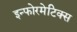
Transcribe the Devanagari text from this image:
इन्फोरमेटिक्स